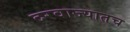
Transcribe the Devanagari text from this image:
दरवाज्यातच